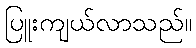
ပြူးကျယ်လာသည်။